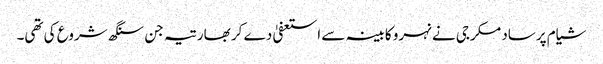
شیام پرساد مکرجی نے نہرو کابینہ سے استعفیٰ دے کر بھارتیہ جن سنگھ شروع کی تھی۔